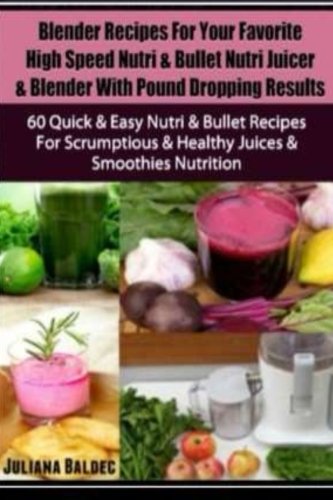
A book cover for Blender Recipes For Your Favorite High Speed Nutri & Bullet Nutri Juicer & Blender With Pound Dropping Results: 60 Quick & Easy Nutri & Bullet Recipes ... & Healthy Juices & Smoothies Nutrition; Juliana Baldec; Cookbooks, Food & Wine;